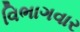
વિભાગવાર